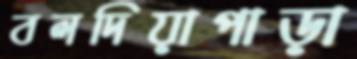
বলদিয়াপাড়া